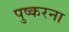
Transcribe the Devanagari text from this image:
पुष्करना